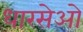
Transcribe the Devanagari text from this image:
धारसेओ